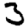
Digit: 3